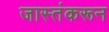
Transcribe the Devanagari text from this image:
जास्तंकरून